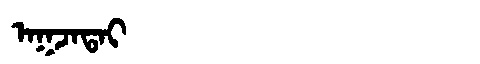
Manchu: ᠠᡴᠵᠠᡨᠠᡳ
Romanization: AKJATAI